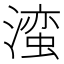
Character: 𬉁